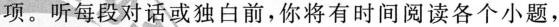
项。听每段对话或独白前，你将有时间阅读各个小题，